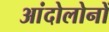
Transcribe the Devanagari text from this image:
आंदोलोनों